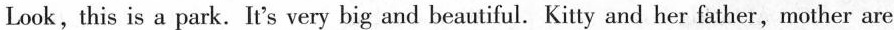
Look, this is a park. It's very big and beautiful. Kitty and her father, mother are